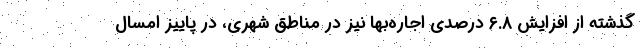
گذشته از افزایش ۶.۸ درصدی اجاره‌بها نیز در مناطق شهری، در پاییز امسال